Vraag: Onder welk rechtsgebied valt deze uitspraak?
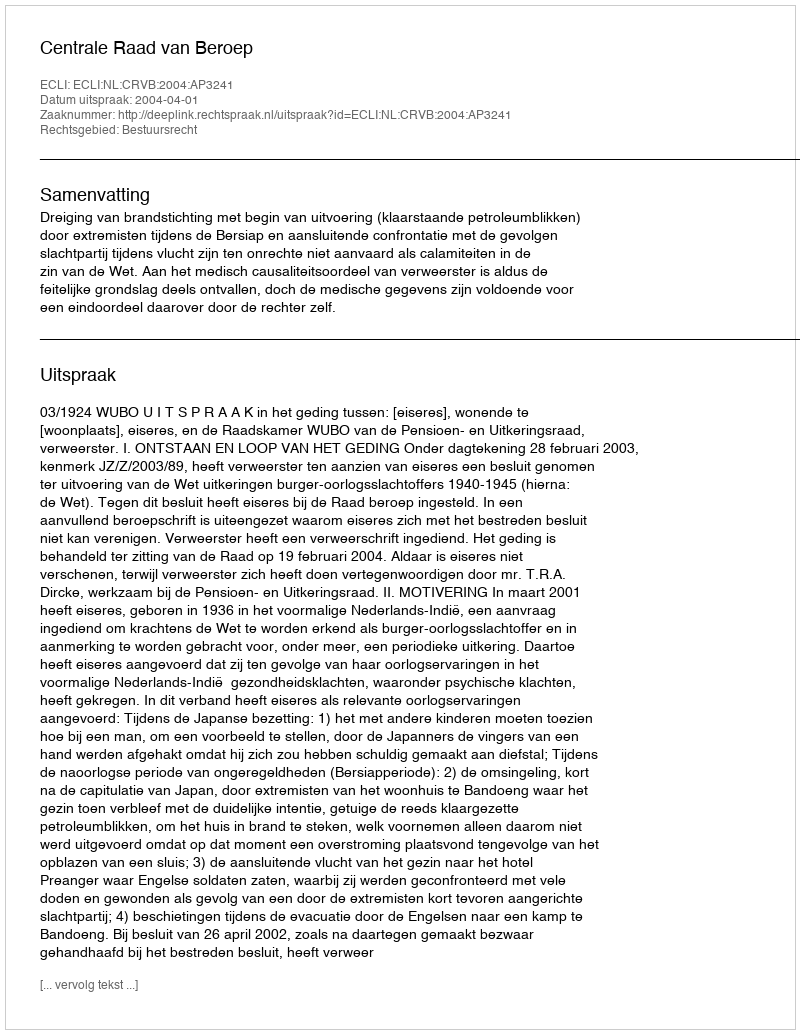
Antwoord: Bestuursrecht